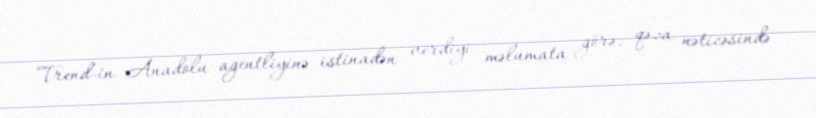
Trend-in Anadolu agentliyinə istinadən verdiyi məlumata görə, qəza nəticəsində